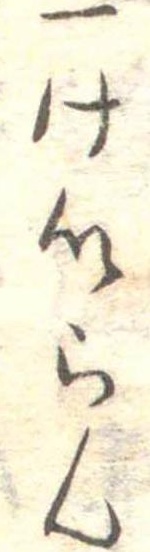
一けいらん